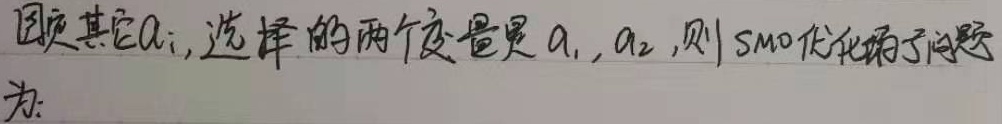
固定其它 \(a_i\)，选择的两个变量是 \(a_1,a_2\)，则SMO优化子问题为: